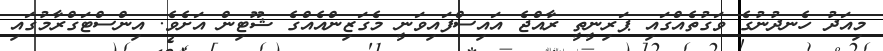
މިއަދު ހެނދުނުގެ ވަގުތެއްގައި ޕަރިނީތީ ރާއްޖެ އައިސްފައިވަނީ މެގަޒިންއެއްގެ ޝޫޓިން އަށެވެ. އިންސްޓަގްރާމުގައި